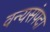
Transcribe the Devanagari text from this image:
वन्यसंपदा